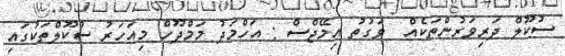
ސުކޫލް ދަރިވަރުންތަކެއް  ވަގުތު އިމޭޖްސް : އަހްމަދު މަމްދޫހް މިއަހަރު ސުކޫލްތަކުގައި